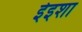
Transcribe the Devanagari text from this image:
ईइशा